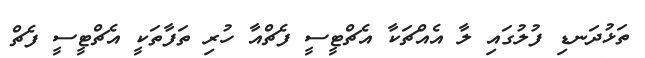
ތަޅުދަނޑި ފުލުގައި ލާ އެއްޗަކާ އެޗްޓީސީ ފެޗްއާ ހުރި ތަފާތަކީ އެޗްޓީސީ ފެޗް